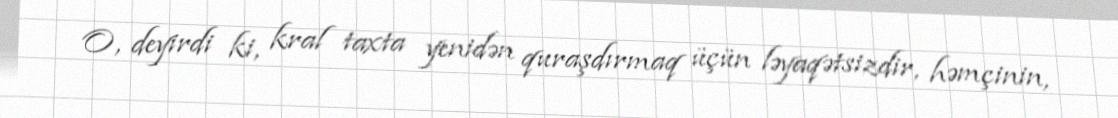
O, deyirdi ki, kral taxta yenidən quraşdırmaq üçün ləyaqətsizdir, həmçinin,